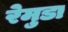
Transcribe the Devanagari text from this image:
रेमुडा